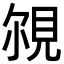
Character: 覙